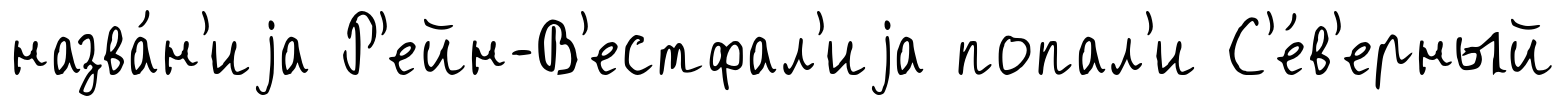
назва́н'иjа Р'ейн-В'естфал'иjа попал'и С'е́в'ерный